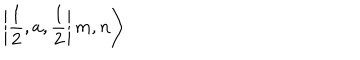
\left| \left. \frac { 1 } { 2 } , a , \frac { 1 } { 2 } \right| m , n \right\rangle